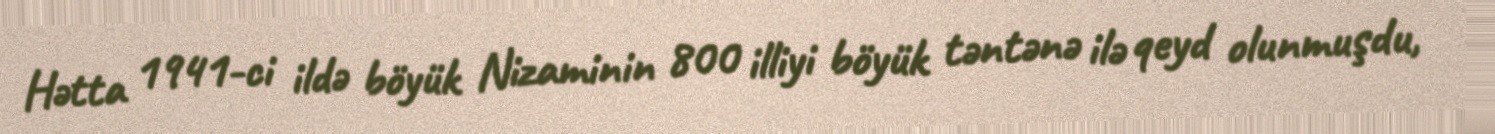
Hətta 1941-ci ildə böyük Nizaminin 800 illiyi böyük təntənə ilə qeyd olunmuşdu,